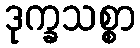
ဒုက္ခသစ္စာ